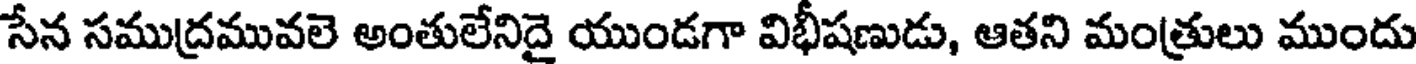
సేన సముద్రమువలె అంతులేనిదై యుండగా విభీషణుడు, ఆతని మంత్రులు ముందు